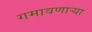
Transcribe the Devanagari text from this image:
गमावणार्‍या